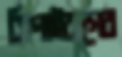
সিপাইবাগের